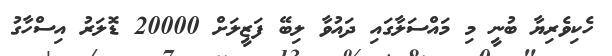
ހެކިވެރިޔާ ބުނީ މި މައްސަލާގައި ދައުވާ ލިބޭ ފަޒީލަށް 20000 ޑޮލަރު އިސްހާގު